Annual administration report of the Civil Veterinary Department of India - 1899-1900
Year: 1899
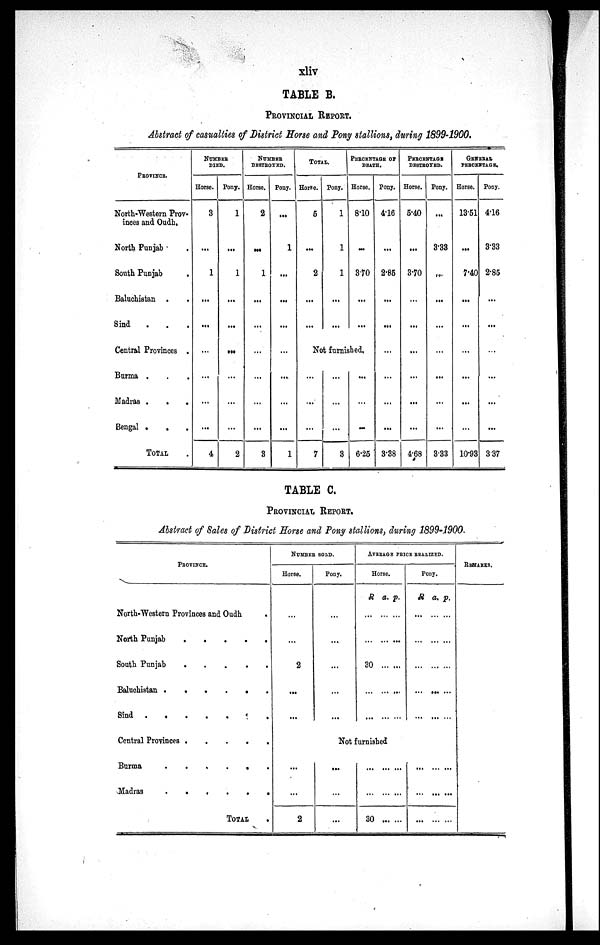
xliv
TABLE B.
PROVINCIAL REPORT.
Abstract of casualties of District Horse and Pony stallions, during 1899-1900.
PROVINCE.
North-Western Prov-
inces and Oudh.
North Punjab .
South Punjab .
Baluchistan . .
Sind . . .
Central Provinces .
Burma . . .
Madras .
. .
Bengal . . .
TOTAL .
NUMBER
DIED.
Horse.
3
...
1
...
...
...
...
...
...
4
Pony.
1
...
1
...
...
......
...
...
...
2
NUMBER
DESTROYED.
Horse.
2
......
1
...
...
...
...
...
...
3
Pony.
...
1
...
...
...
...
...
...
...
1
TOTAL.
Horse.
5
...
2
...
...
Pony.
1
1
1
...
...
PERCENTAGE OF
DEATH.
Horse.
8.10
...
3.70
...
...
Not furnished.
...
...
...
7
...
...
...
3
...
...
...
6.25
Pony.
4.16
...
2.85
...
...
...
...
...
...
3.38
PERCENTAGE
DEBTROYED.
Horse.
5.40
...
3.70
...
...
...
...
...
...
4.68
Pony.
...
3.33
...
...
...
...
...
...
...
3.33
GENERAL
PERCENTAGE.
Horse.
13.51
...
7.40
...
...
...
...
...
...
10.93
Pony.
4.16
3.33
2.85
...
...
...
...
...
3.37
TABLE C.
PROVINCIAL REPORT.
Abstract of Sales of District Horse and Pony stallions, during 1899-1900.
PROVINCE.
North-Western Provinces and Oudh .
North Punjab
.
.
.
.
.
.
South Punjab
.
.
.
.
.
.
Baluchistan
.
.
.
.
.
.
Sind . . . . . . . .
Central Provinces .
.
.
.
.
Burma . . . . .
Madras
.
.
.
.
.
.
TOTAL .
NUMBER SOLD.
Horse.
...
...
2
...
...
...
...
2
Pony.
...
...
...
...
...
AVERAGE PRICE REALIZED.
Horse.
R
...
...
30
...
...
a.
...
...
...
...
...
p.
...
...
...
...
...
Pony.
R
...
...
...
...
...
a.
...
...
...
...
...
p.
...
...
...
...
...
Not furnished
...
...
...
...
...
30
...
...
...
...
...
...
...
...
...
...
...
...
...
...
...
REMARKS.